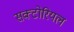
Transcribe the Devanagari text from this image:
सक्टोरियल